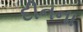
દીનના